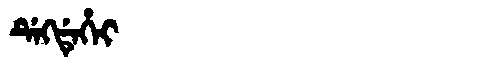
Manchu: ᡩᡝᡴᡩᡝᡥᡝᡳ
Romanization: DEKDEHEI